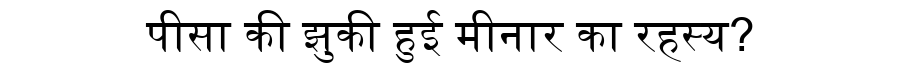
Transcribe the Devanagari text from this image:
पीसा की झुकी हुई मीनार का रहस्य?